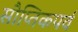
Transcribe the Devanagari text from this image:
सौप्तिकपर्व